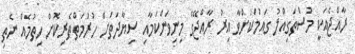
ރާއްޖެއަކީ މުސްތަގިއްލު ގައުމަކަށްވާ އިރު ރާއްޖޭގެ މިނިވަންކަމާއި ސިޔާދަތަށް ހުރުމަތްތެރިކޮށް ހިތުމެއް ނެތި